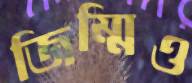
জিম্মিও